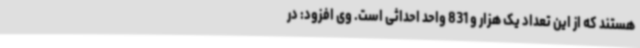
هستند که از این تعداد یک هزار و 831 واحد احداثی است. وی افزود: در